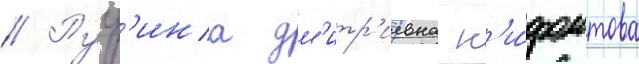
// Руф'ина дм'итр'иевна н'и́фонтова